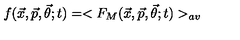
f ( { \vec { x } } , { \vec { p } } , { \vec { \theta } } ; t ) = < F _ { M } ( { \vec { x } } , { \vec { p } } , { \vec { \theta } } ; t ) > _ { a v }